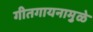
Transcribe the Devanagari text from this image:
गीतगायनामुळे